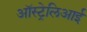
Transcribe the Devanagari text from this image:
ऑस्ट्रेलिआई